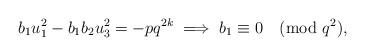
LaTeX: \begin{align*} b_{1}u_{1}^{2} - b_{1}b_{2}u_{3}^{2} = -pq^{2k} \implies b_{1} \equiv 0 \pmod {q^2},\end{align*}